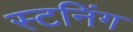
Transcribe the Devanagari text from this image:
स्टनिंग